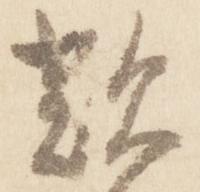
歎